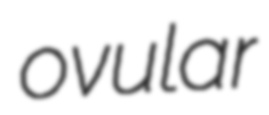
ovular